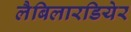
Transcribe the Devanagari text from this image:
लैबिलारडियेर